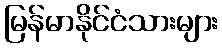
မြန်မာနိုင်ငံသားများ